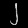
Digit: ၂